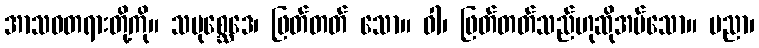
အာသဝတရားတို့ကို။ သမုစ္ဆေဒေ၊ ဖြတ်တတ် သော။ ဝါ၊ ဖြတ်တတ်သည်ဟုဆိုအပ်သော။ ပညာ၊